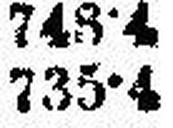
735·4